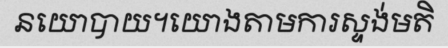
នយោបាយ។យោងតាមការស្ទង់មតិ